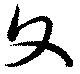
文